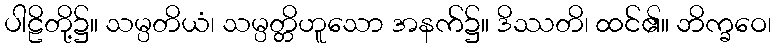
ပါဠိတို့၌။ သမ္ပတိယံ၊ သမ္ပတ္တိဟူသော အနက်၌။ ဒိဿတိ၊ ထင်၏။ ဘိက္ခဝေ၊